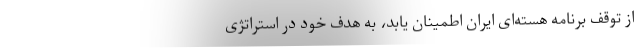
از توقفِ برنامه هسته‌ای ایران اطمینان یابد، به هدفِ خود در استراتژیِ